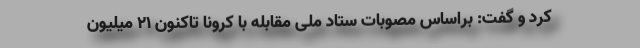
کرد و گفت: براساس مصوبات ستاد ملی مقابله با کرونا تاکنون ۲۱ میلیون